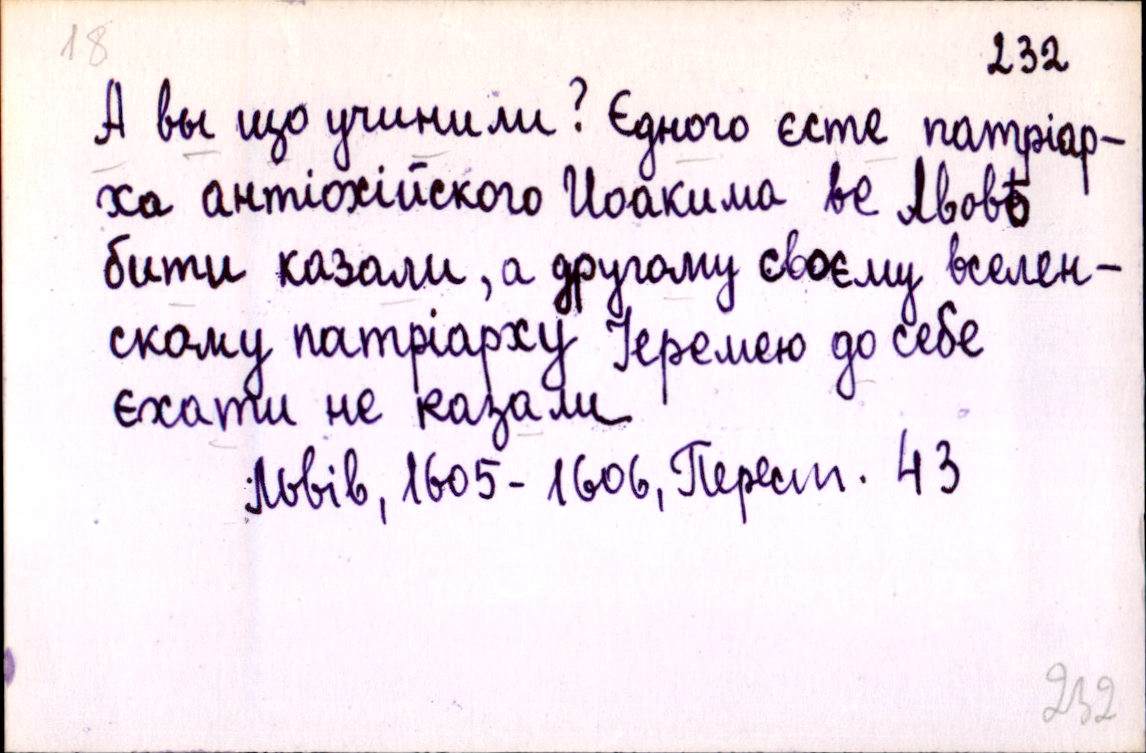
А вы що учинили? Єдного єсте патріар-
ха антіохійского Иоакима ве Лвовѣ
бити казали, а другому своєму вселен-
скому патріарху Іеремею до себе
єхати не казали
Львів, 1605-1606, Перест. 43